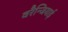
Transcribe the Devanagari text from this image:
वरैन्जियाई